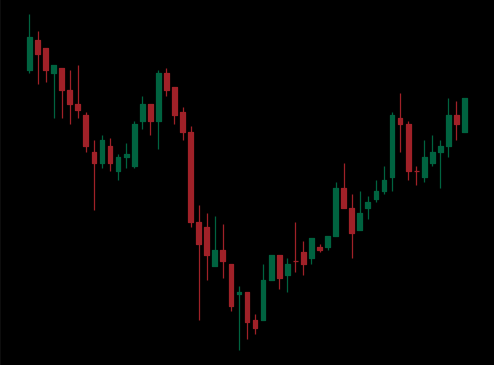
Pattern: inverse_head_shoulders